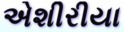
એશીરીયા